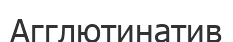
Агглютинатив